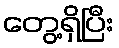
တွေ့ရှိပြီး